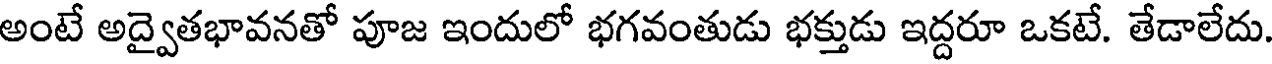
అంటే అద్వైతభావనతో పూజ ఇందులో భగవంతుడు భక్తుడు ఇద్దరూ ఒకటే. తేడాలేదు.